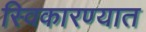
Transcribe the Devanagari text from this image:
स्विकारण्यात